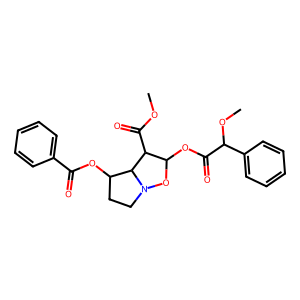
SMILES: COC(=O)C1C(OC(=O)C(OC)c2ccccc2)ON2CCC(OC(=O)c3ccccc3)C12
Inhibits HIV replication: No